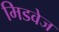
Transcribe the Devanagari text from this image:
मिडवेज